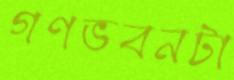
গণভবনটা